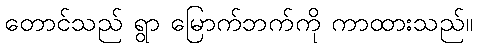
တောင်သည် ရွာ မြောက်ဘက်ကို ကာထားသည်။